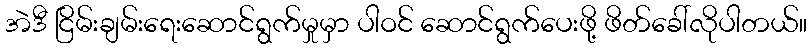
အဲဒီ ငြိမ်းချမ်းရေးဆောင်ရွက်မှုမှာ ပါဝင် ဆောင်ရွက်ပေးဖို့ ဖိတ်ခေါ်လိုပါတယ်။